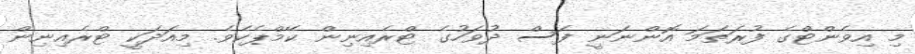
މި އިވެންޓްގެ ފުރަތަމަ އޮންނަނީ ފަސް ދުވަހުގެ ޓްރެއިނިން ކޭމްޕެކެވެ. މިއަދަކީ ޓްރެއިނިން